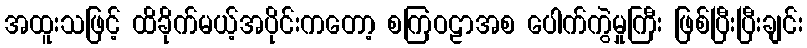
အထူးသဖြင့် ထိခိုက်မယ့်အပိုင်းကတော့ စကြဝဠာအစ ပေါက်ကွဲမှုကြီး ဖြစ်ပြီးပြီးချင်း